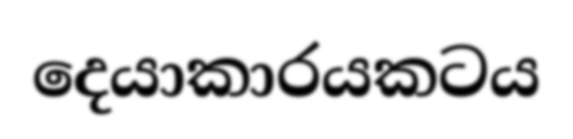
දෙයාකාරයකටය